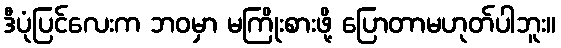
ဒီပုံပြင်လေးက ဘဝမှာ မကြိုးစားဖို့ ပြောတာမဟုတ်ပါဘူး။